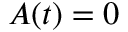
A ( t ) = 0